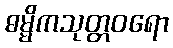
ဓမ္မိကသုတ္တဝရော